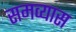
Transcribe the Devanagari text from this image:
समव्यास